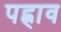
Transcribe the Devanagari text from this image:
पह्नाव